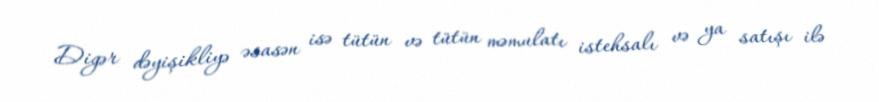
Digər dəyişikliyə əsasən isə tütün və tütün məmulatı istehsalı və ya satışı ilə